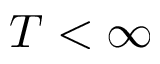
T < \infty